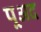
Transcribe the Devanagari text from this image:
पूअद